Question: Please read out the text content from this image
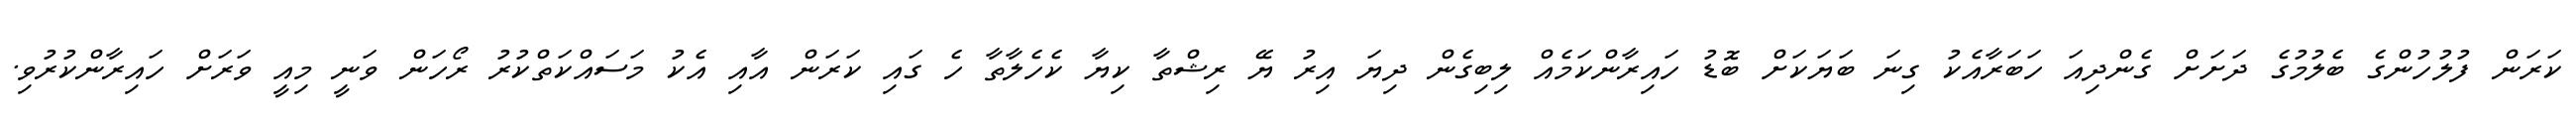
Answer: ކަރަން ފުލުހުންގެ ބެލުމުގެ ދަށަށް ގެންދިއަ ހަބަރާއެކު ގިނަ ބަޔަކަށް ބޮޑު ހައިރާންކަމެއް ލިބިގެން ދިޔަ އިރު ޔޭ ރިޝްތާ ކިޔާ ކެހެލާތާ ހެ ގައި ކަރަން އާއި އެކު މަސައްކަތްކުރު ރޯހަން ވަނީ މިއީ ވަރަށް ހައިރާންކުރުވި.